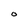
Character: O